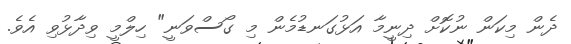
ދެން މިކަން ނުކޮށް ދިނީމާ އަޅުގަނޑުމެން މި ގޯސްވަނީ" ހިލްމީ ވިދާޅުވި އެވެ.